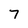
Character: 7